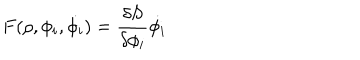
F ( \rho , \phi _ { i } , \dot { \phi _ { i } } ) = { \frac { \delta S } { \delta \phi _ { i } } } \dot { \phi _ { i } }